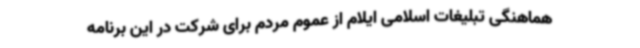
هماهنگی تبلیغات اسلامی ایلام از عموم مردم برای شرکت در این برنامه